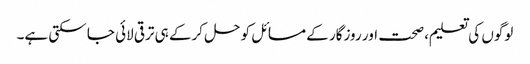
لوگوں کی تعلیم، صحت اور روزگار کے مسائل کو حل کرکے ہی ترقی لائی جا سکتی ہے۔